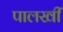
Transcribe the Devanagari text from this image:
पालखीं